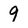
Character: 9